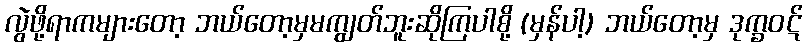
လွဲဖို့ရာကများတော့ ဘယ်တော့မှမကျွတ်ဘူးဆိုကြပါစို့ (မှန်ပါ့) ဘယ်တော့မှ ဒုက္ခဝဋ်